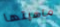
ماهيتها